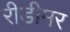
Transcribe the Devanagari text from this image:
रीडीमर